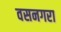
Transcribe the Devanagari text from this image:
वसनगरा